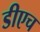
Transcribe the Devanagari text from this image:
डीएच